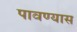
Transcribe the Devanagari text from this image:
पावण्यास